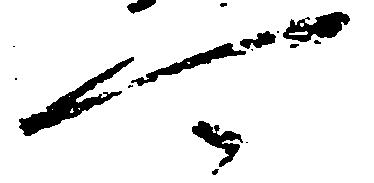
可